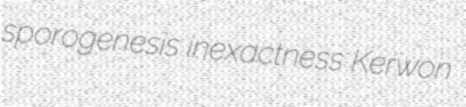
sporogenesis inexactness Kerwon